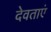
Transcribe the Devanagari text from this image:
देवताएं